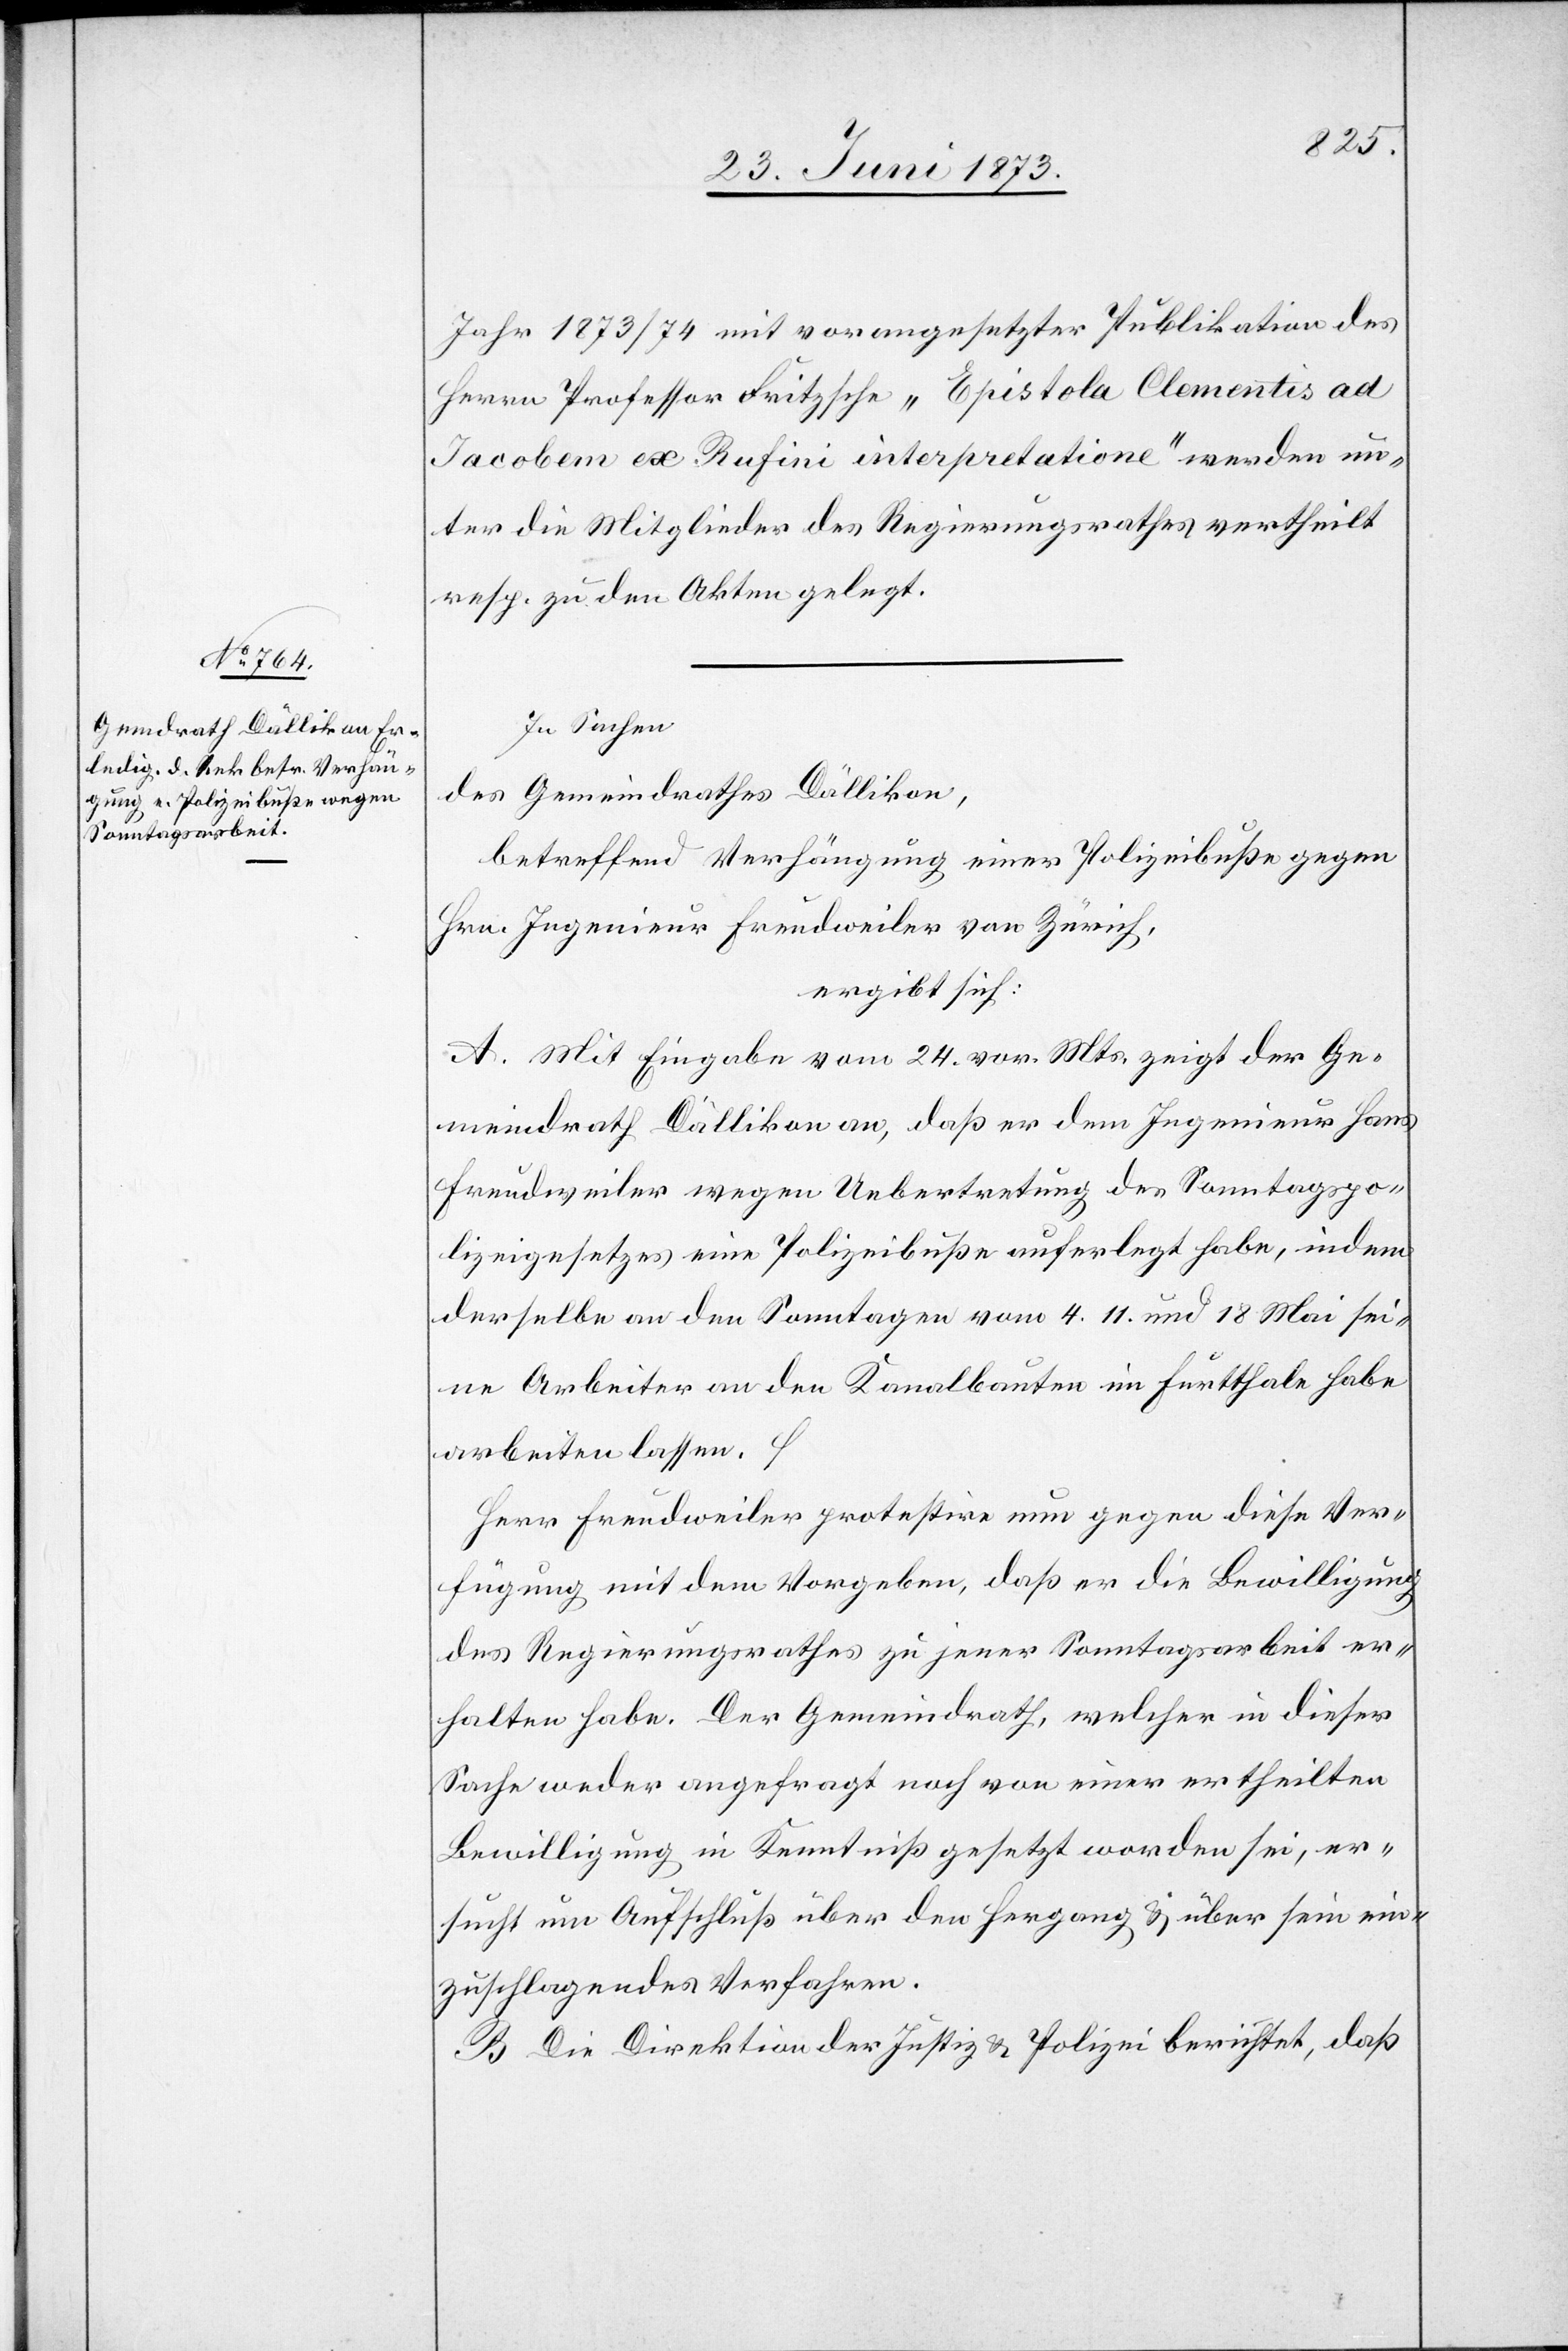
Jahr 1873/74 mit vorangesetzter Publikation des
Herrn Professor Fritzsche „Epistola Clementis ad
Jacobem ex Rufini interpretatione“ werden un¬
ter die Mitglieder des Regierungsrathes vertheilt
resp. zu den Akten gelegt.
In Sachen
des Gemeindrathes Dällikon,
betreffend Verhängung einer Polizeibuße gegen
Hrn. Ingenieur Freudweiler von Zürich,
ergibt sich:
A. Mit Eingabe vom 24. vor. Mts. zeigt der Ge¬
meindrath Dällikon an, daß er dem Ingenieur Hans
Freudweiler wegen Uebertretung des Sonntagspo¬
lizeigesetzes eine Polizeibuße auferlegt habe, indem
derselbe an den Sonntagen vom 4. 11. und 19. Mai sei¬
ne Arbeiter an den Kanalbauten im Furtthale habe
arbeiten lassen.
Herr Freudweiler protestire nun gegen diese Ver¬
fügung mit dem Vorgeben, daß er die Bewilligung
des Regierungsrathes zu jener Sonntagsarbeit er¬
halten habe. Der Gemeindrath, welcher in dieser
Sache weder angefragt noch von einer ertheilten
Bewilligung in Kenntniß gesetzt worden sei, er¬
sucht um Aufschluß über den Hergang & über sein ein¬
zuschlagendes Verfahren.
B. Die Direktion der Justiz & Polizei berichtet, daß